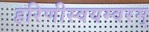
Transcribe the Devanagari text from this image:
हरिणीस्वयम्वरम्